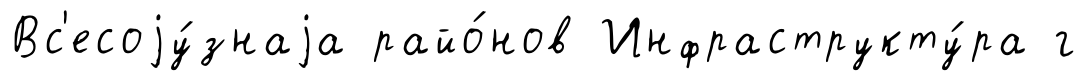
Вс'есоjу́знаjа райо́нов Инфраструкту́ра г